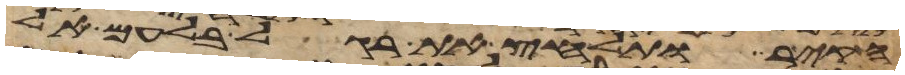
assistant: הקיר ותלחץ את רגל בלעם אל